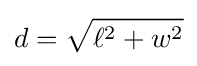
d={\sqrt {\ell ^{2}+w^{2}}}